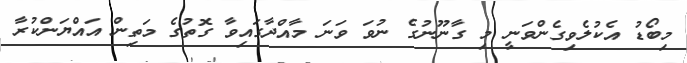
މިބޯޑު އެކުލެވިގެންވަނީ މި ގާނޫނުގެ ނުވަ ވަނަ މާއްދާގައިވާ ގޮތުގެ މަތިން އައްޔަންކުރާ